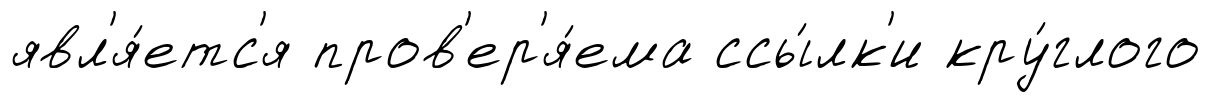
явл'я́етс'я пров'ер'я́ема ссы́лк'и кру́глого